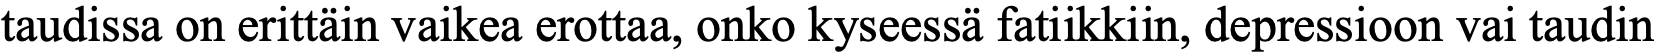
taudissa on erittäin vaikea erottaa, onko kyseessä fatiikkiin, depressioon vai taudin